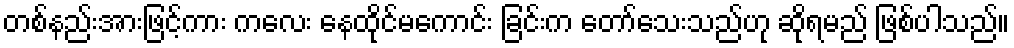
တစ်နည်းအားဖြင့်ကား ကလေး နေထိုင်မကောင်း ခြင်းက တော်သေးသည်ဟု ဆိုရမည် ဖြစ်ပါသည်။